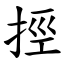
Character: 挳